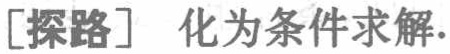
[探路] 化为条件求解.